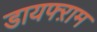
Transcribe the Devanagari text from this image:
डायफ्ऱाम